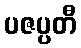
ပဇပ္ပတီ